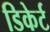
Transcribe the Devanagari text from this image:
डिकेर्ट